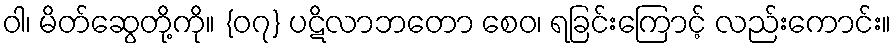
ဝါ၊ မိတ်ဆွေတို့ကို။ {၀၇} ပဋိလာဘတော စေဝ၊ ရခြင်းကြောင့် လည်းကောင်း။